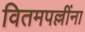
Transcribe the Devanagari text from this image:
वितमपल्लींना